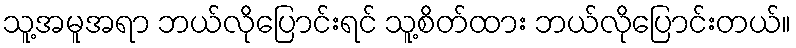
သူ့အမူအရာ ဘယ်လိုပြောင်းရင် သူ့စိတ်ထား ဘယ်လိုပြောင်းတယ်။